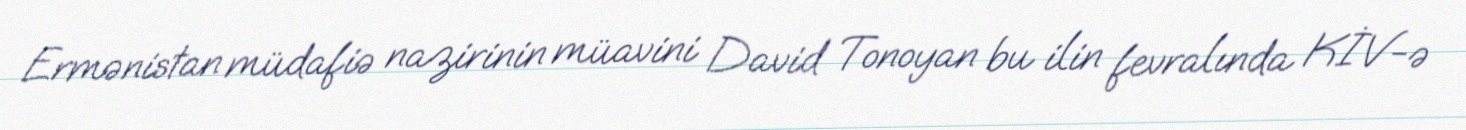
Ermənistan müdafiə nazirinin müavini David Tonoyan bu ilin fevralında KİV-ə